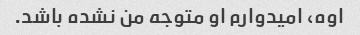
اوه، امیدوارم او متوجه من نشده باشد.